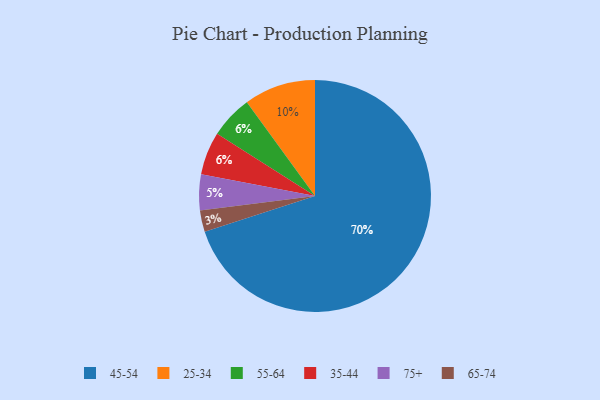
{"axis": {"x": "Category", "y": "Percentage"}, "legend": ["25-34", "35-44", "45-54", "55-64", "65-74", "75+"], "data": [{"x": "55-64", "y": 6, "type": "55-64"}, {"x": "45-54", "y": 70, "type": "45-54"}, {"x": "75+", "y": 5, "type": "75+"}, {"x": "65-74", "y": 3, "type": "65-74"}, {"x": "25-34", "y": 10, "type": "25-34"}, {"x": "35-44", "y": 6, "type": "35-44"}]}